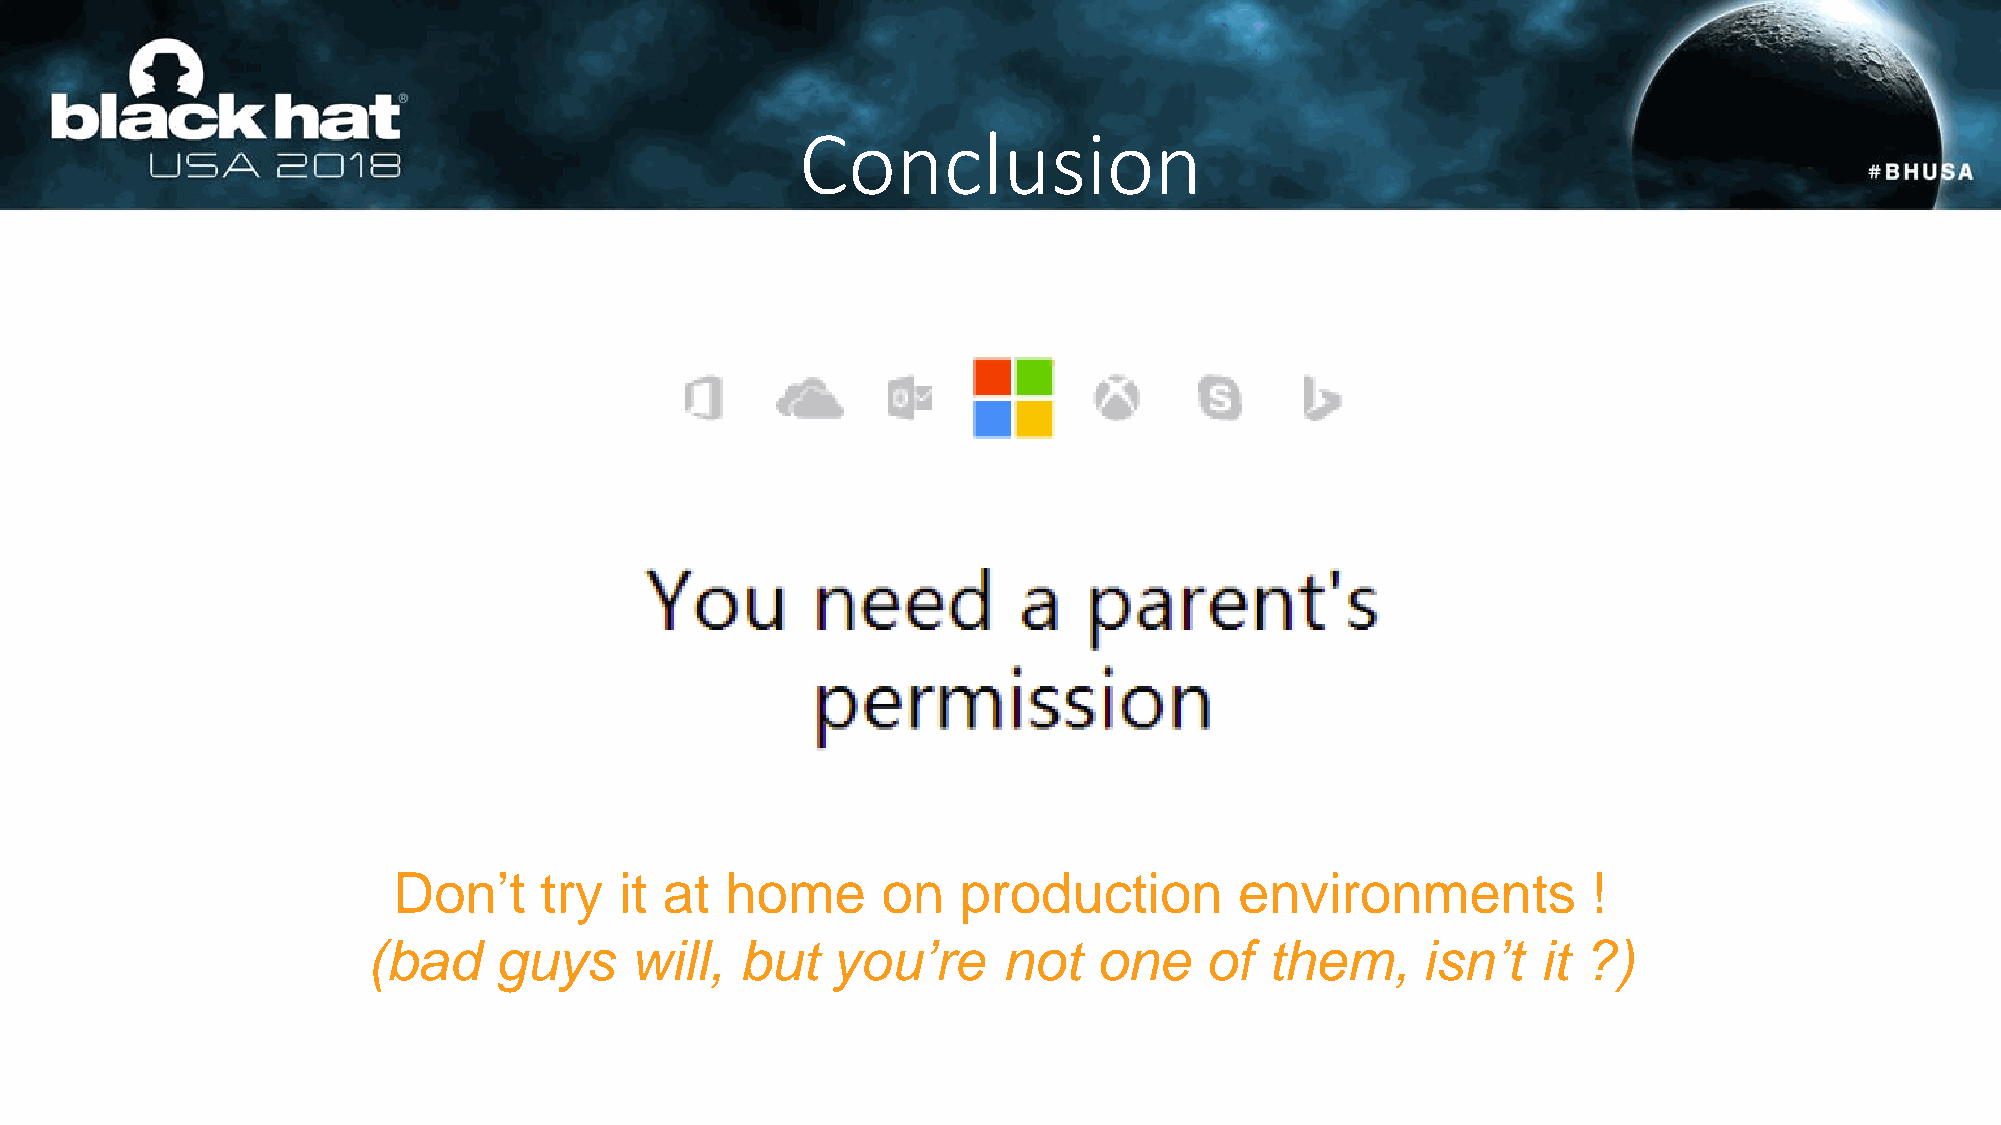
Conclusion
 Don’t     try  it at  home      on    production        environments           !
 (bad     guys     will,  but   you’re     not    one    of  them,     isn’t   it ?)